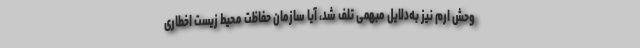
وحش ارم نیز به‌دلایل مبهمی تلف شد، آیا سازمان حفاظت محیط زیست اخطاری